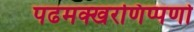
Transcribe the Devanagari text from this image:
पढमक्खरणिप्पणो